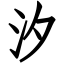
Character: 汐